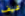
شيف